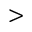
>